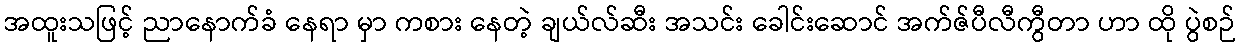
အထူးသဖြင့် ညာနောက်ခံ နေရာ မှာ ကစား နေတဲ့ ချယ်လ်ဆီး အသင်း ခေါင်းဆောင် အက်ဇ်ပီလီကွီတာ ဟာ ထို ပွဲစဉ်